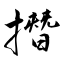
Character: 撍